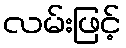
လမ်းဖြင့်